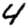
Digit: 4